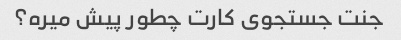
جنت جستجوی کارت چطور پیش میره؟